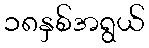
၁၈နှစ်အရွယ်